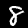
Label: 8